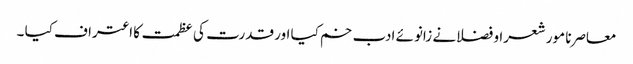
معاصرنا مور شعرا و فضلانے زانوئے ادب خم کیا اور قدرت کی عظمت کا اعتراف کیا ۔